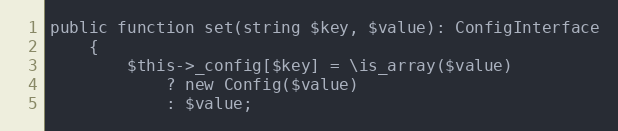
Language: PHP
public function set(string $key, $value): ConfigInterface
    {
        $this->_config[$key] = \is_array($value)
            ? new Config($value)
            : $value;